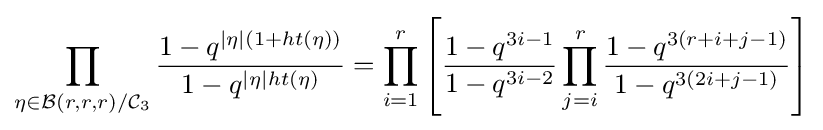
\prod _{\eta \in {\mathcal {B}}(r,r,r)/{\mathcal {C}}_{3}}{\frac {1-q^{|\eta |(1+ht(\eta ))}}{1-q^{|\eta |ht(\eta )}}}=\prod _{i=1}^{r}\left[{\frac {1-q^{3i-1}}{1-q^{3i-2}}}\prod _{j=i}^{r}{\frac {1-q^{3(r+i+j-1)}}{1-q^{3(2i+j-1)}}}\right]